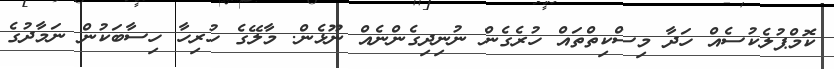
ކޮމްޕުލެކުސެއް ހަދާ މިސްކިތްތައް ހުރެގެން ނުނިދިގެންނެއް ނޫޅެން. މާލޭގެ ހުރިހާ ހިސާބަކުން ނަމާދުގެ